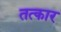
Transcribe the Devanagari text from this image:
तत्कार